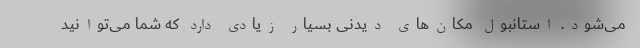
می‌شود. استانبول مکان‌های دیدنی بسیار زیادی دارد که شما می‌توانید